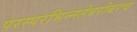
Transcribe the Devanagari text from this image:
परस्‍परभिन्‍नतेबरोबरच